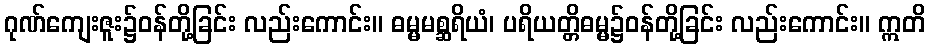
ဂုဏ်ကျေးဇူး၌ဝန်တို့ခြင်း လည်းကောင်း။ ဓမ္မမစ္ဆရိယံ၊ ပရိယတ္တိဓမ္မ၌ဝန်တို့ခြင်း လည်းကောင်း။ ဣတိ